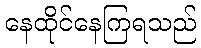
နေထိုင်နေကြရသည်